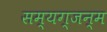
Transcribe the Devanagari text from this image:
सम्यग्जन्म